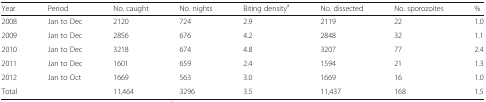
<table><thead><tr><td><b>Year</b></td><td><b>Period</b></td><td><b>No. caught</b></td><td><b>No. nights</b></td><td><b>Biting density<sup>a</sup></b></td><td><b>No. dissected</b></td><td><b>No. sporozoites</b></td><td><b>%</b></td></tr></thead><tbody><tr><td>2008</td><td>Jan to Dec</td><td>2120</td><td>724</td><td>2.9</td><td>2119</td><td>22</td><td>1.0</td></tr><tr><td>2009</td><td>Jan to Dec</td><td>2856</td><td>676</td><td>4.2</td><td>2848</td><td>32</td><td>1.1</td></tr><tr><td>2010</td><td>Jan to Dec</td><td>3218</td><td>674</td><td>4.8</td><td>3207</td><td>77</td><td>2.4</td></tr><tr><td>2011</td><td>Jan to Dec</td><td>1601</td><td>659</td><td>2.4</td><td>1594</td><td>21</td><td>1.3</td></tr><tr><td>2012</td><td>Jan to Oct</td><td>1669</td><td>563</td><td>3.0</td><td>1669</td><td>16</td><td>1.0</td></tr><tr><td colspan="2">Total</td><td>11,464</td><td>3296</td><td>3.5</td><td>11,437</td><td>168</td><td>1.5</td></tr></tbody></table>